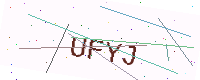
Text: UFYJ